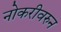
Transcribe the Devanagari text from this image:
नोकरीवरुन